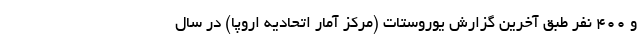
و ۴۰۰ نفر طبق آخرین گزارش یوروستات (مرکز آمار اتحادیه اروپا) در سال